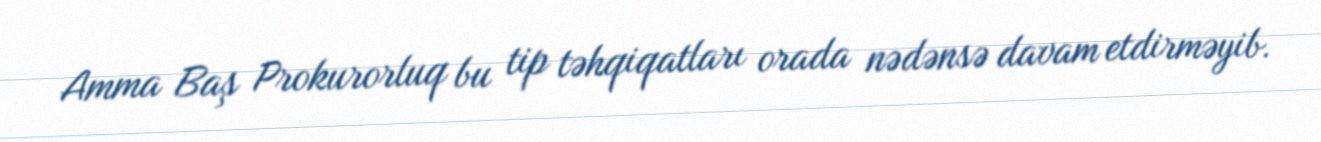
Amma Baş Prokurorluq bu tip təhqiqatları orada nədənsə davam etdirməyib.